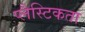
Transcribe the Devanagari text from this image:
प्लैस्टिकता